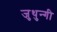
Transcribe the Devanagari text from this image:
जुथुन्गी